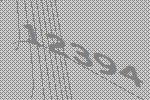
12394